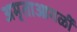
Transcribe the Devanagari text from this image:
अमृताआगळीं